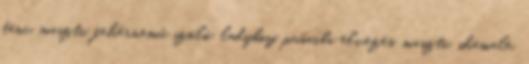
tánc, maszti, fehérnemű szóló, ladyboy, punciba élvezés, maszti, shemale,